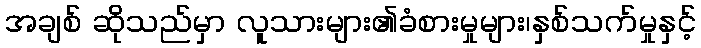
အချစ် ဆိုသည်မှာ လူသားများ၏ခံစားမှုများ၊နှစ်သက်မှုနှင့်